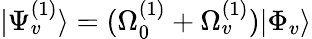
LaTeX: |\Psi_{v}^{(1)}\rangle=(\Omega_{0}^{(1)}+\Omega_{v}^{(1)})|\Phi_{v}\rangle